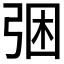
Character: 𭚲